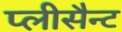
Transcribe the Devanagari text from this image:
प्लीसैन्ट